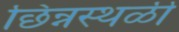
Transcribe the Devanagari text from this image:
छिन्नस्थळी